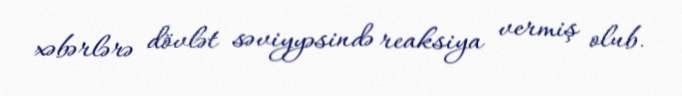
xəbərlərə dövlət səviyyəsində reaksiya vermiş olub.